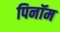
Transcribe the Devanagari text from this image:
पिनॉम